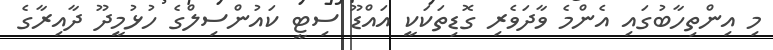
މި އިންތިހާބުގައި އެންމެ ވާދަވެރި ގޮޑިތަކަކީ އައްޑޫ ސިޓީ ކައުންސިލްގެ ހުޅުމީދޫ ދާއިރާގެ